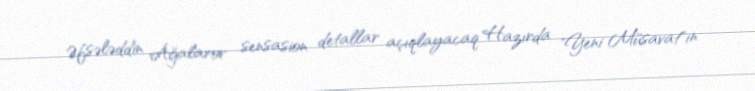
Əfsələddin Ağalarov sensasion detallar açıqlayacaq Hazırda "Yeni Müsavat"ın